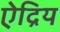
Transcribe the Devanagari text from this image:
ऐद्रिय